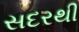
સદરથી